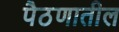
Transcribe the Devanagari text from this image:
पैठणातील